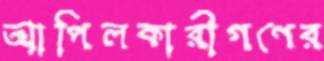
আপিলকারীগণের